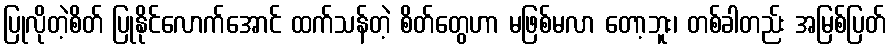
ပြုလိုတဲ့စိတ် ပြုနိုင်လောက်အောင် ထက်သန်တဲ့ စိတ်တွေဟာ မဖြစ်မလာ တော့ဘူး၊ တစ်ခါတည်း အမြစ်ပြတ်